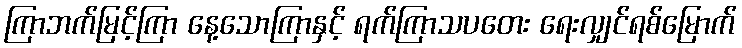
ကြာဘက်မြင့်ကြာ နေ့သောကြာနှင့် ရက်ကြာသပတေး ရေးလျှင်ရစ်မြောက်